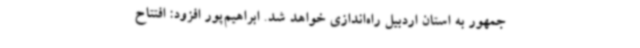
جمهور به استان اردبیل راه‌اندازی خواهد شد. ابراهیم‌پور افزود: افتتاح